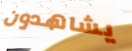
يشاهدون